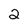
Character: 2